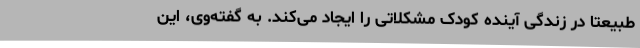
طبیعتا در زندگی آینده کودک مشکلاتی را ایجاد می‌کند. به گفته‌وی، این